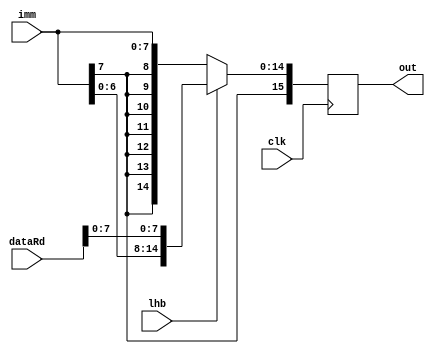
module LXBunit (input [15:0] dataRd, input [7:0] imm, input clk, input lhb,
  output reg [15:0] out);
  
always @(posedge clk)begin
    if (lhb) begin
        out <= {imm, dataRd[7:0]};
    end else begin
        out <= $signed(imm);
    end
end

endmodule